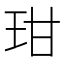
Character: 玵